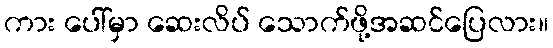
ကား ပေါ်မှာ ဆေးလိပ် သောက်ဖို့အဆင်ပြေလား။